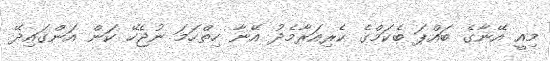
މިއީ އޭނާގެ ބައްޕަ ބެކަމްގެ ކެރިއަރާމެދު އޭނާ ހިތްހަމަ ނުޖެހޭ ކަން އަންގައިދޭ